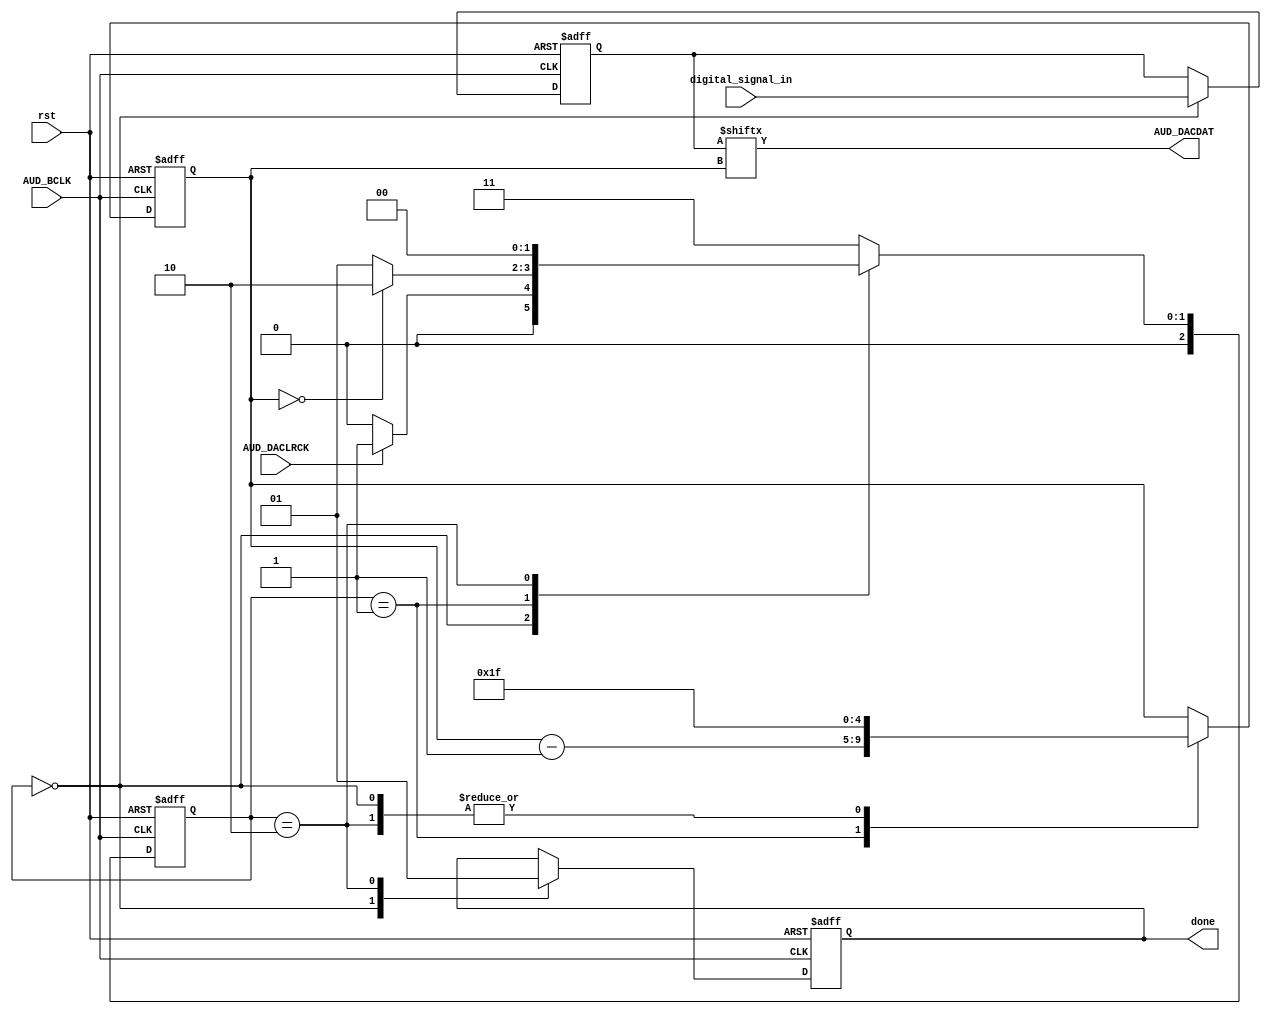
module AudioDAC
(
input rst,
input AUD_BCLK, //Audio chip clock
input AUD_DACLRCK, // Will go high when ready for data.
input [31:0]digital_signal_in,

output reg done,
output reg AUD_DACDAT //This output gets read by the DAC every pulse of the audio clock.
);

parameter START = 3'd0, SEND = 3'd1, DONE = 3'd2, ERROR = 3'd3;

reg [2:0]S, NS;

// Bits left to send and temp data for reading them in
reg [4:0]bits_left;
reg [31:0]temp_data;

always @(posedge AUD_BCLK or negedge rst)
begin
	if(rst == 1'b0)
		S <= START;
	else
		S <= NS;
end

always @ (posedge AUD_BCLK or negedge rst)
begin
	if(rst == 0)
		begin
			done <= 1'b0;
			bits_left <= 5'd31;
			temp_data <= 32'd0;
		end
	else
		case(S)
			START:
			begin
				done <= 1'b0;
				bits_left <= 5'd31;
				temp_data <= digital_signal_in;
			end
			SEND: bits_left <= bits_left - 5'd1;
			DONE:
			begin
				done <= 1'b1;				
				bits_left <= 5'd31;
			end
		endcase
end


always @ (*)
begin
	AUD_DACDAT = temp_data[bits_left];

	case (S)
		START:
		begin
			if(AUD_DACLRCK == 1)
				NS = SEND;
			else
				NS = START;	
		end
		SEND:
		begin
			if(bits_left == 5'd0)
				NS = DONE;
			else
				NS = SEND;
		end
		DONE: NS = START;
		ERROR: NS = ERROR;
		default: NS = ERROR;
	endcase
end

endmodule